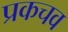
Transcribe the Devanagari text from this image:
प्रकचव